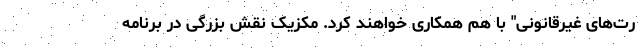
رت‌های غیرقانونی" با هم همکاری خواهند کرد. مکزیک نقش بزرگی در برنامه